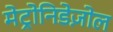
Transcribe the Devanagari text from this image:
मेट्रोनिडेज़ोल